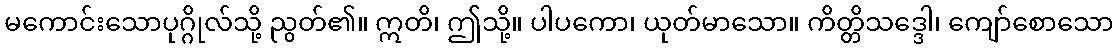
မကောင်းသောပုဂ္ဂိုလ်သို့ ညွတ်၏။ ဣတိ၊ ဤသို့။ ပါပကော၊ ယုတ်မာသော။ ကိတ္တိသဒ္ဒေါ၊ ကျော်စောသော